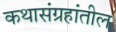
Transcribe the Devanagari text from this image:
कथासंग्रहांतील